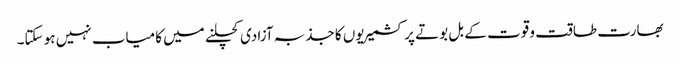
بھارت طاقت و قوت کے بل بوتے پر کشمیریوں کا جذبہ آزادی کچلنے میں کامیاب نہیں ہو سکتا۔